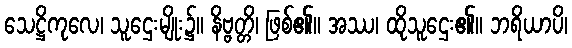
သေဋ္ဌိကုလေ၊ သူဌေးမျိုး၌။ နိဗ္ဗတ္တိ၊ ဖြစ်၏။ အဿ၊ ထိုသူဌေး၏။ ဘရိယာပိ၊